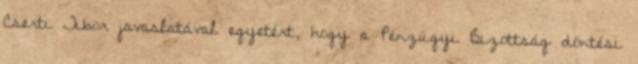
Cserti Tibor javaslatával egyetért, hogy a Pénzügyi Bizottság döntési